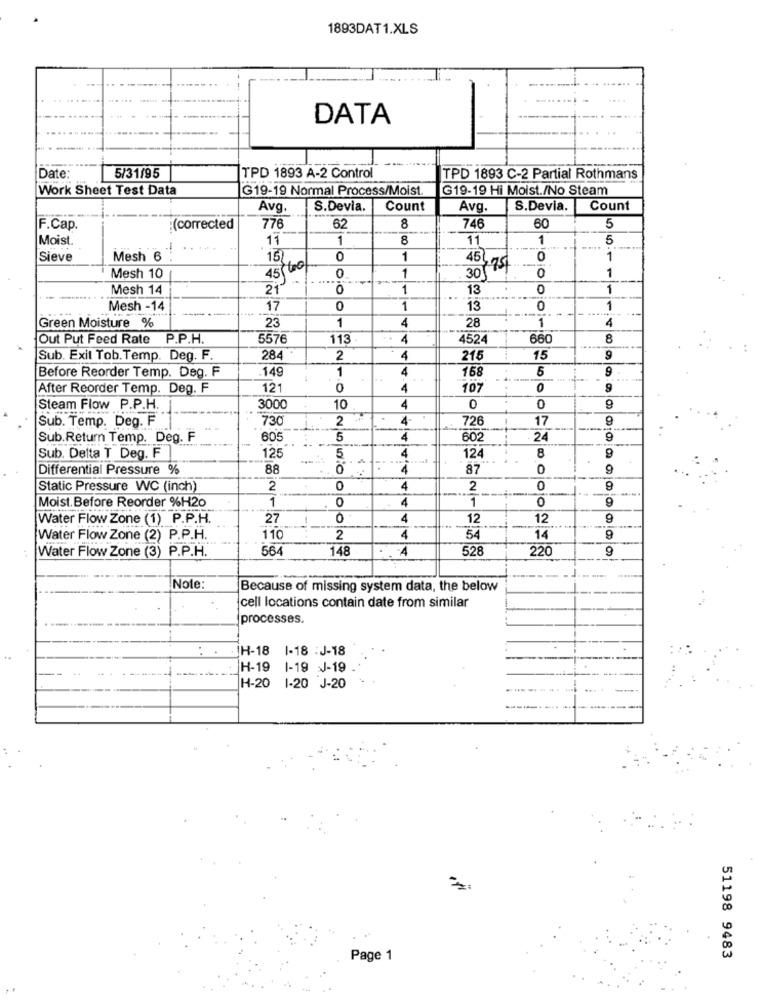
1893DAT1.XLS
DATA
5/31/95
Date
TPD 1893 A-2 Control
TPD 1893 C-2 Partial Rothmans
Work Sheet Test Data
G19-19 Normal Process/Moist.
G19-19 Hi Moist./No Steam
Avg.
S.Devia.
Count
Avg.
S.Devia.
Count
F.Cap
(corrected
776
62
8
746
60
5
Moist.
11
1
8
11
1
5
.1
Sieve
Mesh 6
15
0
1
45
0
1
45 600/
1
30179
1
Mesh 10
0
0
Mesh 14
21
1
13
0
1
Mesh -14
17
0
1
13
0
1
Green Moisture %
1
4
4
23
28
1
Out Put Feed Rate P.P.H.
5576
113
4
4524
660
8
Sub. Exit Tob.Temp. Deg. F.
284
2
4
15
149
1
4
158
5
9
Before Reorder Temp. Deg. F
After Reorder Temp. Deg. F
121
0
4
107
0
9
Steam Flow P.P.H.
3000
10
4
0
0
Sub. Temp. Deg. F
730
2
4-
726
17
Sub.Return Temp. Deg. F
605
5
4
60
24
9
Sub. Delta T Deg. F
125
5
4
124
9
Differential Pressure %
88
1
87
0
9
Static Pressure WC (inch)
2
0
4
2
0
Moist. Before Reorder %H20
0
0
9
1
4
1
Water Flow Zone (1) P.P.H.
27
0
4
12
12
9
Water Flow Zone (2) P.P.H.
110
2
4
54
14
9
Water Flow Zone (3) P.P.H.
564
148
A
528
220
9
Note:
Because of missing system data, the below
cell locations contain date from similar
processes.
H-18 1-18 : J-18
H-19 1-19 J-19
H-20
1-20 J-20
Page 1
51198 9483